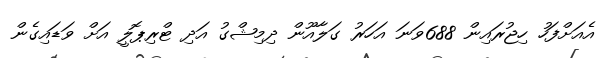
އެއަށްފަހު ހިޖުރައިން 688ވަނަ އަހަރު ގަލާއޫން ދިމިޝްގު އަދި ޓްރިޕޮލީ އަށް ވަޑައިގެން